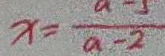
x = \frac { a - 5 } { a - 2 }